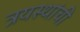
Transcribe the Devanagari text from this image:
त्रयस्थांची